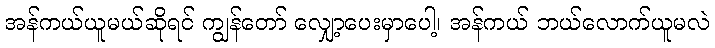
အန်ကယ်ယူမယ်ဆိုရင် ကျွန်တော် လျှော့ပေးမှာပေါ့၊ အန်ကယ် ဘယ်လောက်ယူမလဲ